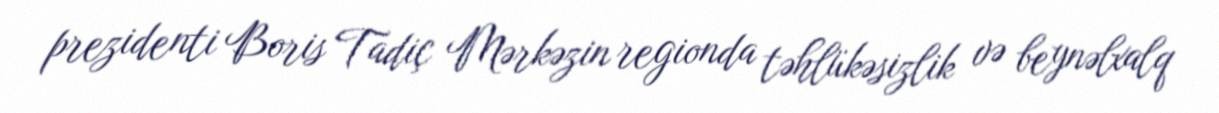
prezidenti Boris Tadiç Mərkəzin regionda təhlükəsizlik və beynəlxalq